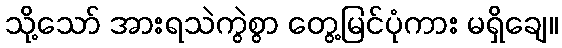
သို့သော် အားရသဲကွဲစွာ တွေ့မြင်ပုံကား မရှိချေ။